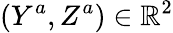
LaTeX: (Y^{a},Z^{a})\in\mathbb{R}^{2}